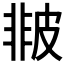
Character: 𤿻